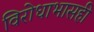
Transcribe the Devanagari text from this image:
विरोधाभासही